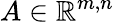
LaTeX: A\in\mathbb{R}^{m,n}